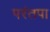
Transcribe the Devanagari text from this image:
परंतपा